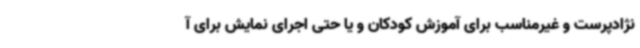
نژادپرست و غیرمناسب برای آموزش کودکان و یا حتی اجرای نمایش برای آ